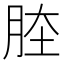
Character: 𦛏